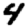
Digit: 4